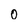
Character: 0